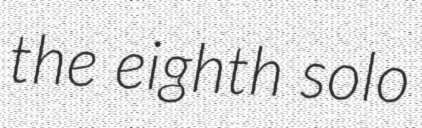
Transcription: the eighth solo